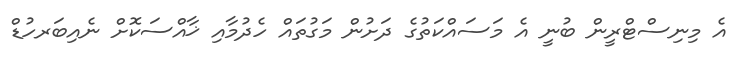
އެ މިނިސްޓްރީން ބުނީ އެ މަސައްކަތުގެ ދަށުން މަގުތައް ހެދުމާއި ޚާއްސަކޮށް ނެއިބަރހުޑް